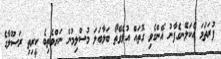
ފުރަަތަމަ އެކަލޭނގެފާނު އެންގެވި ގޮތައް އުޅެވޭތޯ ބަލާބަލަ މުސްލިމުން ނަށްވެތިބެ ކީރިތި ރަސޫލާގެ